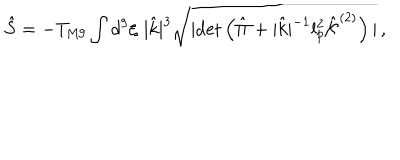
{ \hat { S } } = - T _ { \mathrm { M 9 } } \int d ^ { 9 } \xi \, \, | { \hat { k } } | ^ { 3 } \sqrt { | \mathrm { d e t } \left( { \hat { \Pi } } + | { \hat { k } } | ^ { - 1 } l _ { p } ^ { 2 } { \hat { \cal K } } ^ { ( 2 ) } \right) | } \, , \,